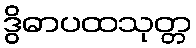
ဒွိဓာပထသုတ္တ